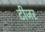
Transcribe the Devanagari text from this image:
टीजर